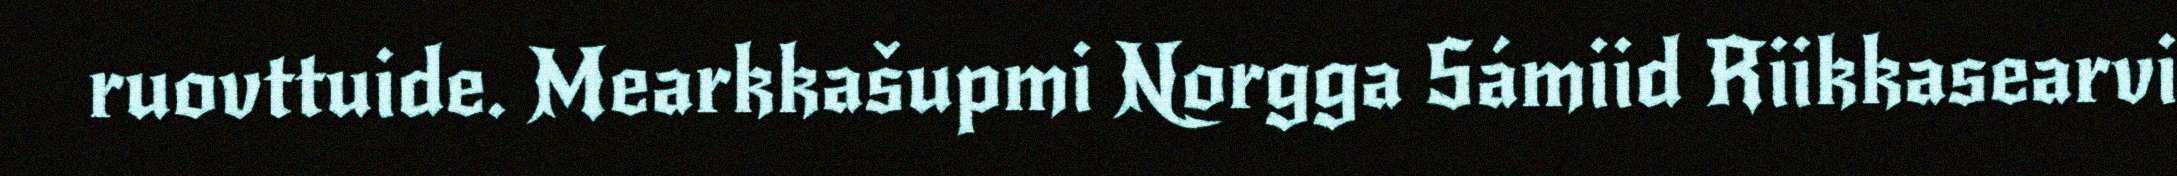
ruovttuide. Mearkkašupmi Norgga Sámiid Riikkasearvi